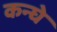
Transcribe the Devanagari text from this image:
कन्घे